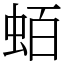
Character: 蛨